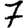
Digit: 7